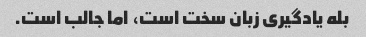
بله یادگیری زبان سخت است، اما جالب است.